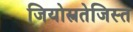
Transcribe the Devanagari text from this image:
जियोस्त्रतेजिस्त